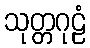
သုတ္တဂုဠံ